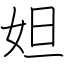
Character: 妲